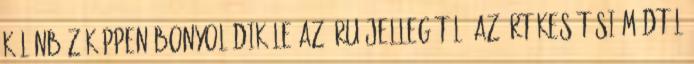
különbözőképpen bonyolódik le az áru jellegétől, az értékesítési módtól